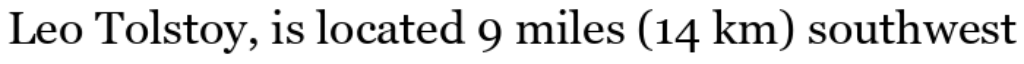
Leo Tolstoy, is located 9 miles (14 km) southwest